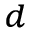
^ d